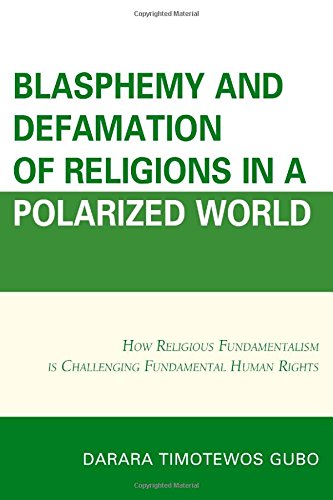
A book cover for Blasphemy And Defamation of Religions In a Polarized World: How Religious Fundamentalism Is Challenging Fundamental Human Rights; Darara Timotewos Gubo; Law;